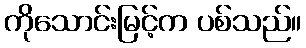
ကိုသောင်းမြင့်က ပစ်သည်။